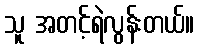
သူ အတင့်ရဲလွန်းတယ်။